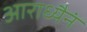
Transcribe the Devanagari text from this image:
आराध्यैनं